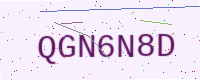
Text: QGN6N8D